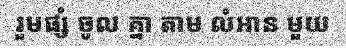
រួមផ្សំ ចូល គ្នា តាម លំអាន មួយ